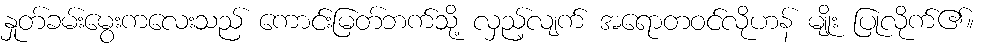
နှုတ်ခမ်းမွေးကလေးသည် ကောင်းမြတ်ဘက်သို့ လှည့်လျက် အရောတဝင်လိုဟန် မျိုး ပြုလိုက်၏။